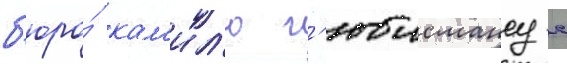
б'юро́ кам'ил'ю г'юисмансу с